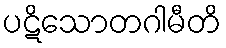
ပဋိသောတဂါမီတိ